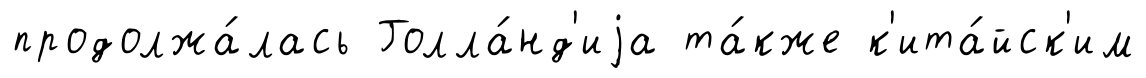
продолжа́лась Голла́нд'иjа та́кже к'ита́йск'им